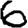
Digit: 6